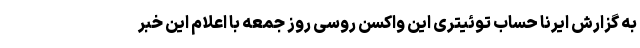
به گزارش ایرنا حساب توئیتری این واکسن روسی روز جمعه با اعلام این خبر